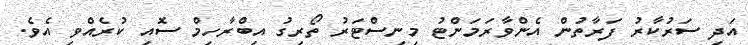
އަދި ސަރުކާރު ފަރާތުން އެންވާރަމަންޓު މިނިސްޓަރު ތޯރިގު އިބްރާހިމް ސޮއި ކުރެއްވި އެވެ.